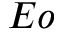
E o